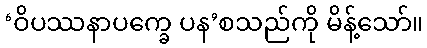
‘ဝိပဿနာပက္ခေ ပန’စသည်ကို မိန့်သော်။